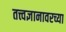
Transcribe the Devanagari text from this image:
तत्त्वज्ञानावरच्या